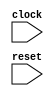
module cpu(clock, reset);
	input clock;
	input reset;

	reg [31:0] pc;
	wire [31:0] next_pc;

	always @(posedge clock) begin
		if (reset) begin
			pc <= 32'd0;
		end else begin
			pc <= next_pc;
		end
	end

	wire [15:0] inst;
	wire [31:0] daddr, dread, dwrite;
	wire dread_req, dwrite_req;
	wire [2:0] dsize;
	wire dread_se;

	mem mem(
		.clock(clock), .iaddr(pc), .iread(inst),
		.daddr(daddr), .dread(dread), .dwrite(dwrite),
		.dread_req(dread_req), .dwrite_req(dwrite_req), .dsize(dsize), .dread_se(dread_se)
	);

	wire [4:0] Rm, Rs, Rd;
	wire [31:0] Rm_data, Rs_data, immediate;
	wire [31:0] new_value;
	wire is_immediate;
	wire [9:0] alu_op;
	wire is_jmp, jmp_if_zero, jmp_absolute;

	decoder decoder(
		.inst(inst),
		.Rm(Rm), .Rs(Rs), .Rd(Rd), .immediate(immediate),
		.is_immediate(is_immediate), .alu_op(alu_op), // alu_ctl
		.dread_req(dread_req), .dwrite_req(dwrite_req), .dsize(dsize), .dread_se(dread_se), // mem_ctl
		.is_jmp(is_jmp), .jmp_if_zero(jmp_if_zero), .jmp_absolute(jmp_absolute) // jmp_ctl
	);

	regs regs(
		.clock(clock), .reset(reset),
		.Rm(Rm), .Rs(Rs), .Rd(Rd),
		.Rm_data(Rm_data), .Rs_data(Rs_data), .Rd_data(new_value)
	);

	wire [31:0] alu_in2 = is_immediate ? immediate : Rs_data;
	wire [31:0] alu_answer;
	wire alu_is_zero;

	alu alu(
		.in1(Rm_data), .in2(alu_in2), .op(alu_op), .answer(alu_answer), .is_zero(alu_is_zero)
	);

	wire [31:0] jmp_base = jmp_absolute ? Rm_data : pc;
	wire [31:0] jmp_target_raw = jmp_base + immediate;
	wire [31:0] jmp_target = {jmp_target_raw[31:1], 1'b0};
	wire [31:0] pc_next_inst = pc + 32'd2;

	wire jmp_taken = is_jmp & (alu_is_zero ^ ~jmp_if_zero);
	assign next_pc = jmp_taken ? jmp_target : pc_next_inst;

	wire [31:0] ex_result = is_jmp ? pc_next_inst : alu_answer;

	assign daddr = ex_result;
	assign dwrite = Rs_data;

	assign new_value = dread_req ? dread : ex_result;

endmodule

module mem(clock, iaddr, iread, daddr, dread, dwrite, dread_req, dwrite_req, dsize, dread_se);
	input clock;
	input [31:0] iaddr;
	output [15:0] iread;
	input [31:0] daddr;
	output [31:0] dread;
	input [31:0] dwrite;
	input dread_req, dwrite_req;
	input [2:0] dsize; // one-hot code (LSB) 1-byte 2-byte 4-byte (MSB)
	input dread_se; // sign extend

	reg [31:0] mem_array[0:511];

	wire [31:0] iaddr1 = { iaddr[31:2], 2'b00 };
	wire [31:0] iread1 = mem_array[iaddr1[10:2]];

	assign iread = iaddr[1] ? iread1[31:16] : iread1[15:0];

	wire [31:0] daddr1 = { daddr[31:2], 2'b00 };
	wire [31:0] daddr2 = daddr1 + 32'b100;
	wire [31:0] dread1 = mem_array[daddr1[10:2]];
	wire [31:0] dread2 = mem_array[daddr2[10:2]];
	wire dreq1 = (dread_req || dwrite_req);
	wire dreq2 = (dread_req || dwrite_req) && ((dsize[1] && daddr[1:0] >= 2'b11) || (dsize[2] && daddr[1:0] >= 2'b01));

	wire [31:0] dwrite1 = dsize[1] ? (
		// 2-byte access
		daddr[1:0] == 2'b00 ? { dread1[31:16], dwrite[15:0] } :
		daddr[1:0] == 2'b01 ? { dread1[31:24], dwrite[15:0], dread1[7:0] } :
		daddr[1:0] == 2'b10 ? { dwrite[15:0], dread1[15:0] } :
		{ dread1[7:0], dread1[23:0] }
	) : dsize[2] ? (
		// 4-byte access
		daddr[1:0] == 2'b00 ? dwrite :
		daddr[1:0] == 2'b01 ? { dwrite[23:0], dread1[7:0] } :
		daddr[1:0] == 2'b10 ? { dwrite[15:0], dread1[15:0] } :
		{ dwrite[7:0], dread1[23:0] }
	) : (
		// 1-byte access
		daddr[1:0] == 2'b00 ? { dread1[31:8], dwrite[7:0] } :
		daddr[1:0] == 2'b01 ? { dread1[31:16], dwrite[7:0], dread1[7:0] } :
		daddr[1:0] == 2'b10 ? { dread1[31:24], dwrite[7:0], dread1[15:0] } :
		{ dwrite[7:0], dread1[23:0] }
	);
	wire [31:0] dwrite2 = dsize[1] ? (
		// 2-byte access
		daddr[1:0] == 2'b11 ? { dread2[31:8], dwrite[15:8] } :
		dread2
	) : dsize[2] ? (
		// 4-byte access
		daddr[1:0] == 2'b00 ? dread2 :
		daddr[1:0] == 2'b01 ? { dread2[31:8], dwrite[31:24] } :
		daddr[1:0] == 2'b10 ? { dread2[31:16], dwrite[31:16] } :
		{ dread2[31:24], dwrite[31:8] }
	) : (
		// 1-byte access
		dread2
	);

	wire [31:0] dread_raw =
		daddr[1:0] == 2'b00 ? dread1 :
		daddr[1:0] == 2'b01 ? { dread2[7:0], dread1[31:8] } :
		daddr[1:0] == 2'b10 ? { dread2[15:0], dread1[31:16] } :
		{ dread2[23:0], dread1[31:24] };

	assign dread =
		dsize[0] ? { {24{dread_raw[7] & dread_se}}, dread_raw[7:0] } :
		dsize[1] ? { {16{dread_raw[15] & dread_se}}, dread_raw[15:0] } :
		dread_raw;

	always @(posedge clock) begin
		if (dreq1 && dwrite_req) begin
			mem_array[daddr1[10:2]] <= dwrite1;
		end
		if (dreq2 && dwrite_req) begin
			mem_array[daddr2[10:2]] <= dwrite2;
		end
	end

endmodule

module decoder(
	inst,
	Rm, Rs, Rd, immediate,
	is_immediate, alu_op, // alu_ctl
	dread_req, dwrite_req, dsize, dread_se, // mem_ctl
	is_jmp, jmp_if_zero, jmp_absolute // jmp_ctl
);
	input [15:0] inst;
	output [4:0] Rm, Rs, Rd;
	output [31:0] immediate;
	output is_immediate;
	output [9:0] alu_op; // (LSB) + - & | ^ << >> >>> < LTU (MSB)
	output dread_req, dwrite_req;
	output [2:0] dsize;
	output dread_se;
	output is_jmp, jmp_if_zero, jmp_absolute;

	wire [4:0] Rd_normal = inst[11:7];
	wire [4:0] Rm_normal = inst[6:2];
	wire [4:0] Rd_prime = {2'b0, inst[9:7]} + 5'd8;
	wire [4:0] Rm_prime = {2'b0, inst[4:2]} + 5'd8;
	wire [31:0] n6 = {{27{inst[12]}}, inst[6:2]};
	wire [31:0] n18 = {{15{inst[12]}}, inst[6:2], 12'b0}; // c.lui
	wire [31:0] u10 = {22'b0, inst[10:7], inst[12:11], inst[5], inst[6], 2'b0}; // c.addi4spn
	wire [31:0] n10 = {{23{inst[12]}}, inst[4:3], inst[5], inst[2], inst[6], 4'b0}; // c.addi16sp
	wire [31:0] n9 = {{24{inst[12]}}, inst[6:5], inst[2], inst[11:10], inst[4:3], 1'b0}; // c.beqz c.bnez
	wire [31:0] n12_c = {{21{inst[12]}}, inst[8], inst[10:9], inst[6], inst[7], inst[2], inst[11], inst[5:3], 1'b0}; // c.j c.jal
	wire [31:0] u7 = {25'b0, inst[5], inst[12:10], inst[6], 2'b0}; // c.lw c.sw
	wire [31:0] u8_swsp = {24'b0, inst[8:7], inst[12:9], 2'b0}; // c.swsp
	wire [31:0] u8_lwsp = {24'b0, inst[3:2], inst[12], inst[6:4], 2'b0}; // c.lwsp

	wire c_li = inst[15:13] == 3'b010 && inst[1:0] == 2'b01;
	wire c_lui = inst[15:13] == 3'b011 && inst[1:0] == 2'b01;
	wire c_mv = inst[15:12] == 4'b1000 && inst[1:0] == 2'b10;
	wire c_addi = inst[15:13] == 3'b000 && inst[1:0] == 2'b01;
	wire c_slli = inst[15:12] == 4'b0000 && inst[1:0] == 2'b10;
	wire c_add = inst[15:12] == 4'b1001 && inst[1:0] == 2'b10;
	wire c_other_calc = inst[15:13] == 3'b100 && inst[1:0] == 2'b01 && (inst[12] == 1'b0 || inst[11:10] == 2'b10);
	wire c_other_calc_use_n6 = c_other_calc && inst[11:10] != 2'b11;
	wire c_other_calc_use_Rm = c_other_calc && inst[11:10] == 2'b11;
	wire c_addi4spn = inst[15:13] == 3'b000 && inst[1:0] == 2'b00;
	wire c_addi16sp = inst[15:13] == 3'b011 && inst[11:7] == 5'b00010 && inst[1:0] == 2'b01;

	wire c_beqz = inst[15:13] == 3'b110 && inst[1:0] == 2'b01;
	wire c_bnez = inst[15:13] == 3'b111 && inst[1:0] == 2'b01;
	wire c_j = inst[15:13] == 3'b101 && inst[1:0] == 2'b01;
	wire c_jr = inst[15:12] == 4'b1000 && inst[6:0] == 7'b0000010;
	wire c_jal = inst[15:13] == 3'b001 && inst[1:0] == 2'b01;
	wire c_jalr = inst[15:12] == 4'b1001 && inst[6:0] == 7'b0000010;

	wire c_lw = inst[15:13] == 3'b010 && inst[1:0] == 2'b00;
	wire c_sw = inst[15:13] == 3'b110 && inst[1:0] == 2'b00;
	wire c_swsp = inst[15:13] == 3'b110 && inst[1:0] == 2'b10;
	wire c_lwsp = inst[15:13] == 3'b010 && inst[1:0] == 2'b10;

	wire [9:0] c_other_calc_op_11 =
		inst[6:5] == 2'b00 ? 10'b0000000010 : // c.sub
		inst[6:5] == 2'b01 ? 10'b0000010000 : // c.xor
		inst[6:5] == 2'b10 ? 10'b0000001000 : // c.or
		10'b0000000100; // c.and

	wire [9:0] c_other_calc_op =
		inst[11:10] == 2'b00 ? 10'b0001000000 : // c.srli
		inst[11:10] == 2'b01 ? 10'b0010000000 : // c.srai
		inst[11:10] == 2'b10 ? 10'b0000000100 : // c.andi
		c_other_calc_op_11;

	assign Rm =
		c_addi4spn || c_addi16sp ? 5'd2 :
		c_li || c_lui ? 5'd0 :
		c_beqz || c_bnez ? Rd_prime :
		c_j || c_jal ? 5'd0 :
		c_jr || c_jalr ? Rd_normal :
		c_mv ? Rm_normal :
		c_addi || c_slli || c_add ? Rd_normal :
		c_other_calc ? Rd_prime :
		c_lw || c_sw ? Rd_prime :
		c_swsp || c_lwsp ? 5'd2 :
		5'd0;

	assign Rs =
		c_beqz || c_bnez ? 5'd0 :
		c_mv ? 5'd0 :
		c_add ? Rm_normal :
		c_other_calc_use_Rm ? Rm_prime :
		c_sw ? Rm_prime :
		c_swsp ? Rm_normal :
		5'd0;

	assign Rd =
		c_addi4spn ? Rm_prime :
		c_addi16sp ? 5'd2 :
		c_beqz || c_bnez || c_j || c_jr ? 5'd0 :
		c_jal || c_jalr ? 5'd1 :
		c_li || c_lui || c_mv || c_addi || c_slli || c_add ? Rd_normal :
		c_other_calc ? Rd_prime :
		c_lw ? Rm_prime :
		c_lwsp ? Rd_normal :
		c_sw || c_swsp ? 5'd0 :
		5'd0;

	assign immediate =
		c_addi4spn ? u10 :
		c_addi16sp ? n10 :
		c_beqz || c_bnez ? n9 :
		c_j || c_jal ? n12_c :
		c_jr || c_jalr ? 32'd0 :
		c_li || c_addi || c_slli || c_other_calc_use_n6 ? n6 :
		c_lui ? n18 :
		c_lw || c_sw ? u7 :
		c_swsp ? u8_swsp :
		c_lwsp ? u8_lwsp :
		32'd0;

	assign is_immediate =
		c_li || c_lui || c_addi || c_slli || c_other_calc_use_n6 || c_addi4spn || c_addi16sp ||
		c_lw || c_sw || c_swsp || c_lwsp;

	assign alu_op =
		c_beqz || c_bnez ? 10'b0000000001 :
		c_j || c_jal || c_jr || c_jalr ? 10'b0000000000 :
		c_li || c_lui || c_mv || c_addi || c_add || c_addi4spn || c_addi16sp ? 10'b0000000001 :
		c_slli ? 10'b0000100000 :
		c_other_calc ? c_other_calc_op :
		c_lw || c_sw || c_swsp || c_lwsp ? 10'b0000000001 :
		10'd0;

	assign dread_req =
		c_lw || c_lwsp;

	assign dwrite_req =
		c_sw || c_swsp;

	assign dsize = 3'b100;

	assign dread_se = 1'b0;

	assign is_jmp =
		c_beqz || c_bnez || c_j || c_jr || c_jal || c_jalr;

	assign jmp_if_zero =
		c_beqz || c_j || c_jr || c_jal || c_jalr;

	assign jmp_absolute =
		c_jr || c_jalr;

endmodule

module regs(clock, reset, Rm, Rs, Rd, Rm_data, Rs_data, Rd_data);
	input clock, reset;
	input[4:0] Rm, Rs, Rd;
	output[31:0] Rm_data, Rs_data;
	input[31:0] Rd_data;

	reg [31:0] regs[0:31];

	assign Rm_data = Rm == 5'd0 ? 32'd0 : regs[Rm];
	assign Rs_data = Rs == 5'd0 ? 32'd0 : regs[Rs];

	integer i;
	always @(posedge clock) begin
		if (reset) begin
			for (i = 0; i < 32; i = i + 1) begin
				regs[i] <= 32'd0;
			end
		end else begin
			if (Rd != 5'd0) begin
				regs[Rd] <= Rd_data;
			end
		end
	end

endmodule

module alu(in1, in2, op, answer, is_zero);
	input [31:0] in1, in2;
	input [9:0] op;
	output [31:0] answer;
	output is_zero;

	wire signed [31:0] in1_signed = $signed(in1);
	wire signed [31:0] in2_signed = $signed(in2);

	wire [31:0] shamt = {27'd0, in2[4:0]};
	// >>> operator didn't work for some reason
	wire [63:0] arith_shift = {{32{in1[31]}}, in1} >> {32'd0, shamt};

	assign answer =
		op[0] ? in1 + in2 :
		op[1] ? in1 - in2 :
		op[2] ? in1 & in2 :
		op[3] ? in1 | in2 :
		op[4] ? in1 ^ in2 :
		op[5] ? in1 << shamt :
		op[6] ? in1 >> shamt :
		op[7] ? arith_shift[31:0] :
		op[8] ? (in1_signed < in2_signed ? 32'd1 : 32'd0):
		op[9] ? (in1 < in2 ? 32'd1 : 32'd0) :
		32'd0;

	assign is_zero = answer == 32'd0;

endmodule